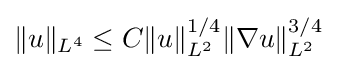
\|u\|_{L^{4}}\leq C\|u\|_{L^{2}}^{1/4}\|\nabla u\|_{L^{2}}^{3/4}